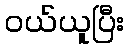
ဝယ်ယူပြီး